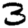
Digit: 3